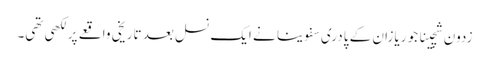
زدون شچینا جو ریازان کے پادری سفوینا نے ایک نسل بعد تاریخی واقعے پر لکھی تھی۔